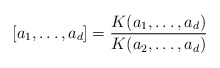
\begin{align*}[a_1,\ldots,a_d]=\frac{K(a_1,\ldots,a_d)}{K(a_2,\ldots,a_d)}\end{align*}